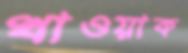
খাওয়াক